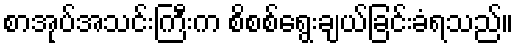
စာအုပ်အသင်းကြီးက စိစစ်ရွေးချယ်ခြင်းခံရသည်။